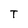
Character: T